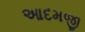
આદમજી